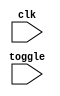
module off_1 (
   clk, toggle
   );
   input clk;
   input toggle;
   always @ (posedge clk) begin
      if (toggle) begin
      end
   end
   always @ (posedge clk) begin
      if (toggle) begin
      end
   end
endmodule